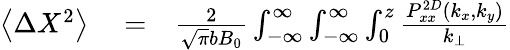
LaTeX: \begin{array}{rlr}{\left\langle\Delta X^{2}\right\rangle}&{{}=}&{\frac{2}{\sqrt{\pi}bB_{0}}\int_{-\infty}^{\infty}\int_{-\infty}^{\infty}\int_{0}^{z}\frac{P_{xx}^{2D}(k_{x},k_{y})}{k_{\perp}}}\end{array}